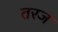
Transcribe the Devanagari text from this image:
तरज